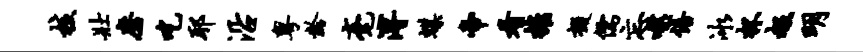
核壮磨吃耶沿粤龄毫溥蝶帝看摧掇儒忘噬倍冰杯赧明